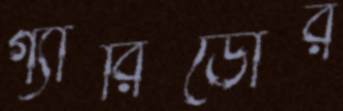
গ্যারিডোর